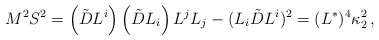
\begin{align*}M^2 S^2 = \left( \tilde{D} L^i \right)\left( \tilde{D} L_i \right) L^j L_j - ( L_i \tilde{D} L^i )^2 = (L^*)^4 \kappa_2^2\,,\end{align*}